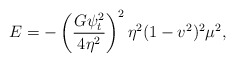
\begin{align*} E=-\left(\frac{G\psi_t^2}{4\eta^2}\right)^2\eta^2(1-v^2)^2\mu^2,\end{align*}